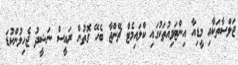
ޖަލްސާތަކާއި މީޑިއާ އިންޓަވިއުތަކުގައި ކްލައިމެޓް ޗޭންޖާ ބެހޭ ގޮތުން ރައީސް ނަޝީދު ޖެހިލުންކުޑަ